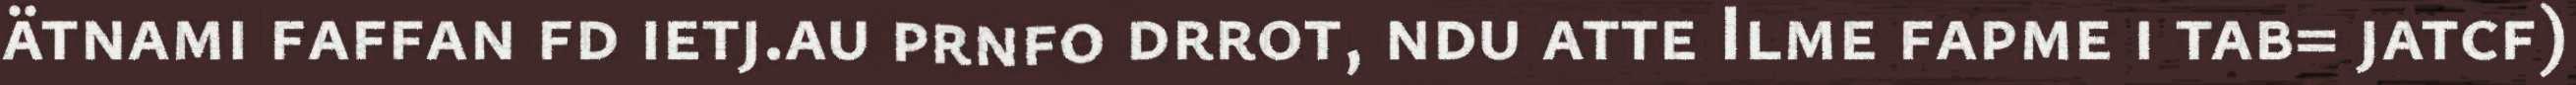
ätnami faffan fd ietj.au prnfo drrot, ndu atte Ilme fapme i tab= jatcf)